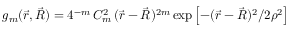
g _ { m } ( \vec { r } , \vec { R } ) = 4 ^ { - m } \, C _ { m } ^ { 2 } \, ( \vec { r } - \vec { R } ) ^ { 2 m } \exp \left[ { - ( \vec { r } - \vec { R } ) ^ { 2 } } / 2 \rho ^ { 2 } \right]